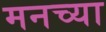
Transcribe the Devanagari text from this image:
मनच्या